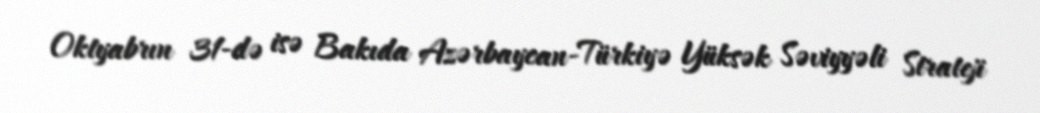
Oktyabrın 31-də isə Bakıda Azərbaycan-Türkiyə Yüksək Səviyyəli Strateji